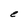
Character: e